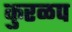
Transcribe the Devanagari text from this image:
कुरळप